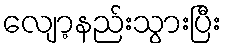
လျော့နည်းသွားပြီး